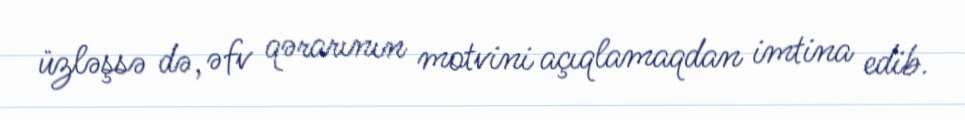
üzləşsə də, əfv qərarının motvini açıqlamaqdan imtina edib.